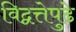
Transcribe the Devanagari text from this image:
विद्वत्तेपुढे